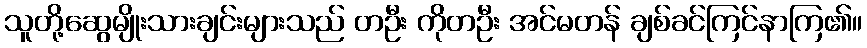
သူတို့ဆွေမျိုးသားချင်းများသည် တဦး ကိုတဦး အင်မတန် ချစ်ခင်ကြင်နာကြ၏။